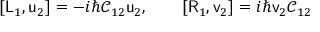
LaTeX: [ \mathsf { L } _ { 1 } , \mathsf { u } _ { 2 } ] = - i \hbar \mathsf { \mathcal { C } } _ { 1 2 } \mathsf { u } _ { 2 } , \qquad [ \mathsf { R } _ { 1 } , \mathsf { v } _ { 2 } ] = i \hbar \mathsf { v } _ { 2 } \mathsf { \mathcal { C } } _ { 1 2 }